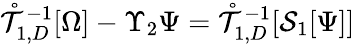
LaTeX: \begin{array}{r}{\mathring{\mathcal{T}}_{1,D}^{-1}[\Omega]-\Upsilon_{2}\Psi=\mathring{\mathcal{T}}_{1,D}^{-1}[\mathcal{S}_{1}[\Psi]]}\end{array}